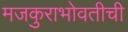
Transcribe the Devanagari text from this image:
मजकुराभोवतीची